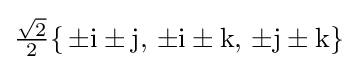
{\tfrac {\sqrt {2}}{2}}\{\,\pm \mathrm {i} \pm \mathrm {j} ,\,\pm \mathrm {i} \pm \mathrm {k} ,\,\pm \mathrm {j} \pm \mathrm {k} \}